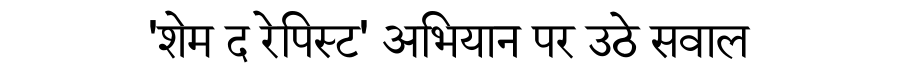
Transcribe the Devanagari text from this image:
'शेम द रेपिस्ट' अभियान पर उठे सवाल